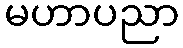
မဟာပညာ